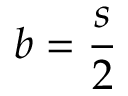
{ b = \frac { s } { 2 } }